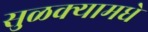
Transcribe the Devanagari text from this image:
सुळक्यामधे